Lunatic asylums Madras 1892-1911 - 1892-1911
Year: 1892
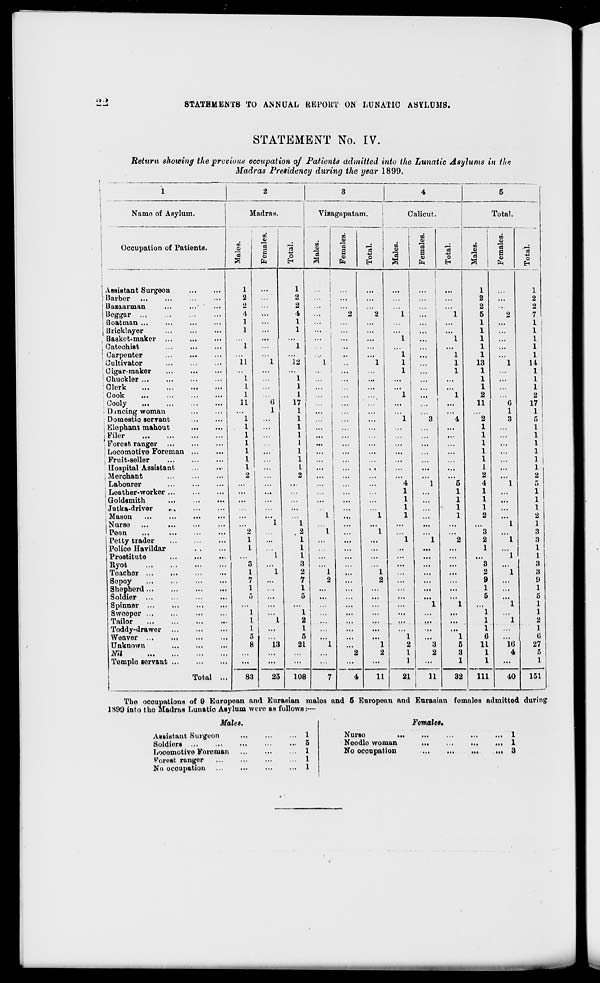
•t >
8TATBMENT8 TO ANNUAL BE POUT ON LUNATIC ASYLUMS.
STATEMENT No. IV.
Return showing the previous occupation of Patients admitted into the Lunatic Asylums in the
Madras Presidency during the year 1899.
i
2
3
4
5
Namo of Asylum.
Madras.
Yiaagapatam.
Calicut.
.
Total.
—
1
00
09
I
i
1
1
to
i
00
Ol
^QJ
<D
«
Occupation of Patients.
to
-2
"3
13
S
6
It
00
<s
6
T8 !
O
S
"S
13
a
fa
"3
o
m
(0
Is
a
*3
O
Assistant Surgeon
1
1
|
..: j ...
l
1
! Barber
2
2
2
2
| Bazaarman
2
2
•.
2
2
iBeggar
4
...
4
2
2
1
...
1
5
2
7
. Iloatinan ...
1
...
1
• ••
1
1
| llrioklayer
1
...
1
...
...
1
1
f Basket-maker
...
...
...
...
1
1
1
1
1 Oatochist
1
...
1
...
... i
...
1
1
! Carpenter
...
...
•V
..
...
1 (
1
1
1
Cultivator
11
1
12
1 ;
1
1
1
13
1
14
Cigar-maker
...
...
...
... I ...
1 1
1
1
1
■ Chuckler ...
1
1
...
...
1
1
Clerk
I
1
...
1
1
Cook
1
1
... 1
1 1
1
2
2
Cooly
11
6
17
... 1 ...
...
...
...
11
G
17
Dancing woman
...
1
1
...
1
1
Domestic servant
1
...
1
"l
3
4
2
3
5
1 Elephant mahout
1
...
1
...
...
1
1
j Filer
1
l
...
...
1
1
Forest ranger
1
l
...
...
...
...
1
...
I
Locomotive Foreman ...
1
1
1
...
1 |
i Fruit-seller
1
1
...
1
1 I
Hospital Assistant
1
...
I
...
. .
...
1
...
1
.Merchant
2
2
...
...
2
...
2
Labourer
...
...
4
1
5
4
1
5
| Leather-worker
...
...
1
1
1
1
Goldsmith
...
1
1
1
1
■ Jutka-driver
...
...
1
1
1
...
1
, Mason
...
...
L
...
"l
1
1
2
2
iNurso
...
1
1
...
...
1
1
1 Peon
2
2
1
1
...
3
3
j Petty trader
1
...
1
...
...
...
' 1
1
2
2
1
3
j Police Havildar
1
...
1
...
...
...
...
1
...
1
Prostitute
...
1
1
...
...
...
...
...
1
1
Ryot
3
...
3
...
...
...
...
3
...
3
Teacher
I
1
2
1
1
...
2
1
3
Sepoy
7
...
7
2
...
2
...
...
,..
9
...
9
Shepherd ...
1
...
1
...
...
...
...
...
...
1
1
Soldier ...
5
...
5
...
...
...
...
...
5
...
5
Spinner ...
...
...
...
...
...
1
1
...
1
1
Sweeper
1 1 •••
1
...
...
...
...
...
1
...
1
Tailor
I 1
I
2
...
...
...
...
1
1
2
Toddy-drawer
Weaver ...
l
s
...
1
5
...
...
...
1
...
"l
1
6
1
6
Unknown
8
13
21
"l
1
2
8
5
11
16
27
Nil
2
2
1
2
3
1
4
5
Tomplo servant
Total ...
...
...
...
...
...
...
1
11
1
1
...
1
83
25
108
7
4
11
21
32
111
40
151
Tho occupations of 9 European and Eurasian males and 6 European and Eurasian females admitted during
1899 into tho Madras Lunatio ABylum wore as follows:—
Males.
Assistant Surgeon
Soldiers
Locomotive Foreman
Poreit ranger
No occupation
Females,
Nurse
.
Neodlo woman
No occupation
1
1
3